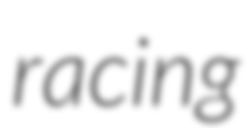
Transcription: racing